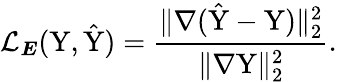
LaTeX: \mathcal{L}_{\boldsymbol{E}}(\mathrm{Y},\hat{\mathrm{Y}})=\frac{\| \nabla(\hat{\mathrm{Y}}-\mathrm{Y})\| _{2}^{2}}{\| \nabla\mathrm{Y}\| _{2}^{2}}.